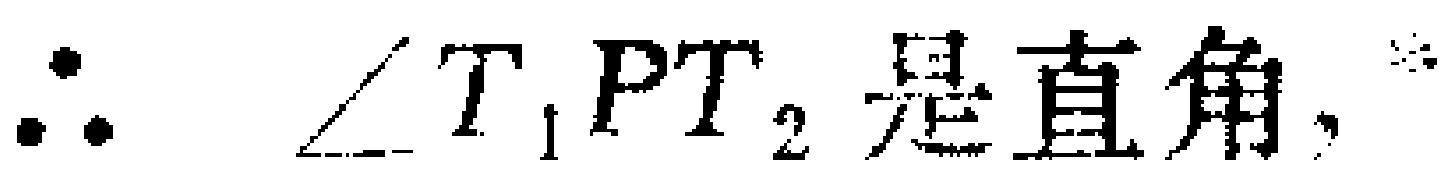
\(\therefore \angle T_{1}PT_{2}是直角,\)